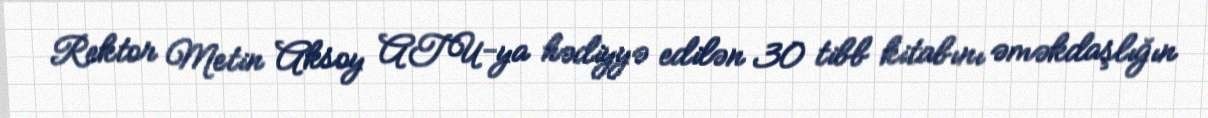
Rektor Metin Aksoy ATU-ya hədiyyə edilən 30 tibb kitabını əməkdaşlığın